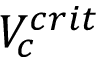
V _ { c } ^ { c r i t }